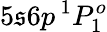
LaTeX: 5\mathfrak{s}6p\, ^{1}P_{1}^{o}